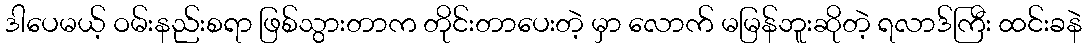
ဒါပေမယ့် ဝမ်းနည်းစရာ ဖြစ်သွားတာက တိုင်းတာပေးတဲ့ မှာ လောက် မမြန်ဘူးဆိုတဲ့ ရလာဒ်ကြီး ထင်းခနဲ